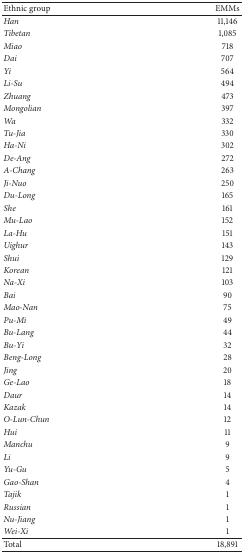
| Ethnic group | EMMs |
 | --- | --- |
 | Han | 11,146 |
 | Tibetan | 1,085 |
 | Miao | 718 |
 | Dai | 707 |
 | Yi | 564 |
 | Li-Su | 494 |
 | Zhuang | 473 |
 | Mongolian | 397 |
 | Wa | 332 |
 | Tu-Jia | 330 |
 | Ha-Ni | 302 |
 | De-Ang | 272 |
 | A-Chang | 263 |
 | Ji-Nuo | 250 |
 | Du-Long | 165 |
 | She | 161 |
 | Mu-Lao | 152 |
 | La-Hu | 151 |
 | Uighur | 143 |
 | Shui | 129 |
 | Korean | 121 |
 | Na-Xi | 103 |
 | Bai | 90 |
 | Mao-Nan | 75 |
 | Pu-Mi | 49 |
 | Bu-Lang | 44 |
 | Bu-Yi | 32 |
 | Beng-Long | 28 |
 | Jing | 20 |
 | Ge-Lao | 18 |
 | Daur | 14 |
 | Kazak | 14 |
 | O-Lun-Chun | 12 |
 | Hui | 11 |
 | Manchu | 9 |
 | Li | 9 |
 | Yu-Gu | 5 |
 | Gao-Shan | 4 |
 | Tajik | 1 |
 | Russian | 1 |
 | Nu-Jiang | 1 |
 | Wei-Xi | 1 |
 | Total | 18,891 |